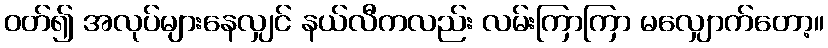
ဝတ်၍ အလုပ်များနေလျှင် နယ်လီကလည်း လမ်းကြာကြာ မလျှောက်တော့။